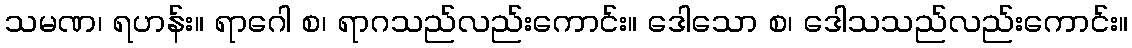
သမဏ၊ ရဟန်း။ ရာဂေါ စ၊ ရာဂသည်လည်းကောင်း။ ဒေါသော စ၊ ဒေါသသည်လည်းကောင်း။